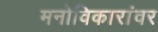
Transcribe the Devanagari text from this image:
मनोविकारांवर